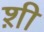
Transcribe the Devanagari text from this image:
श़ी